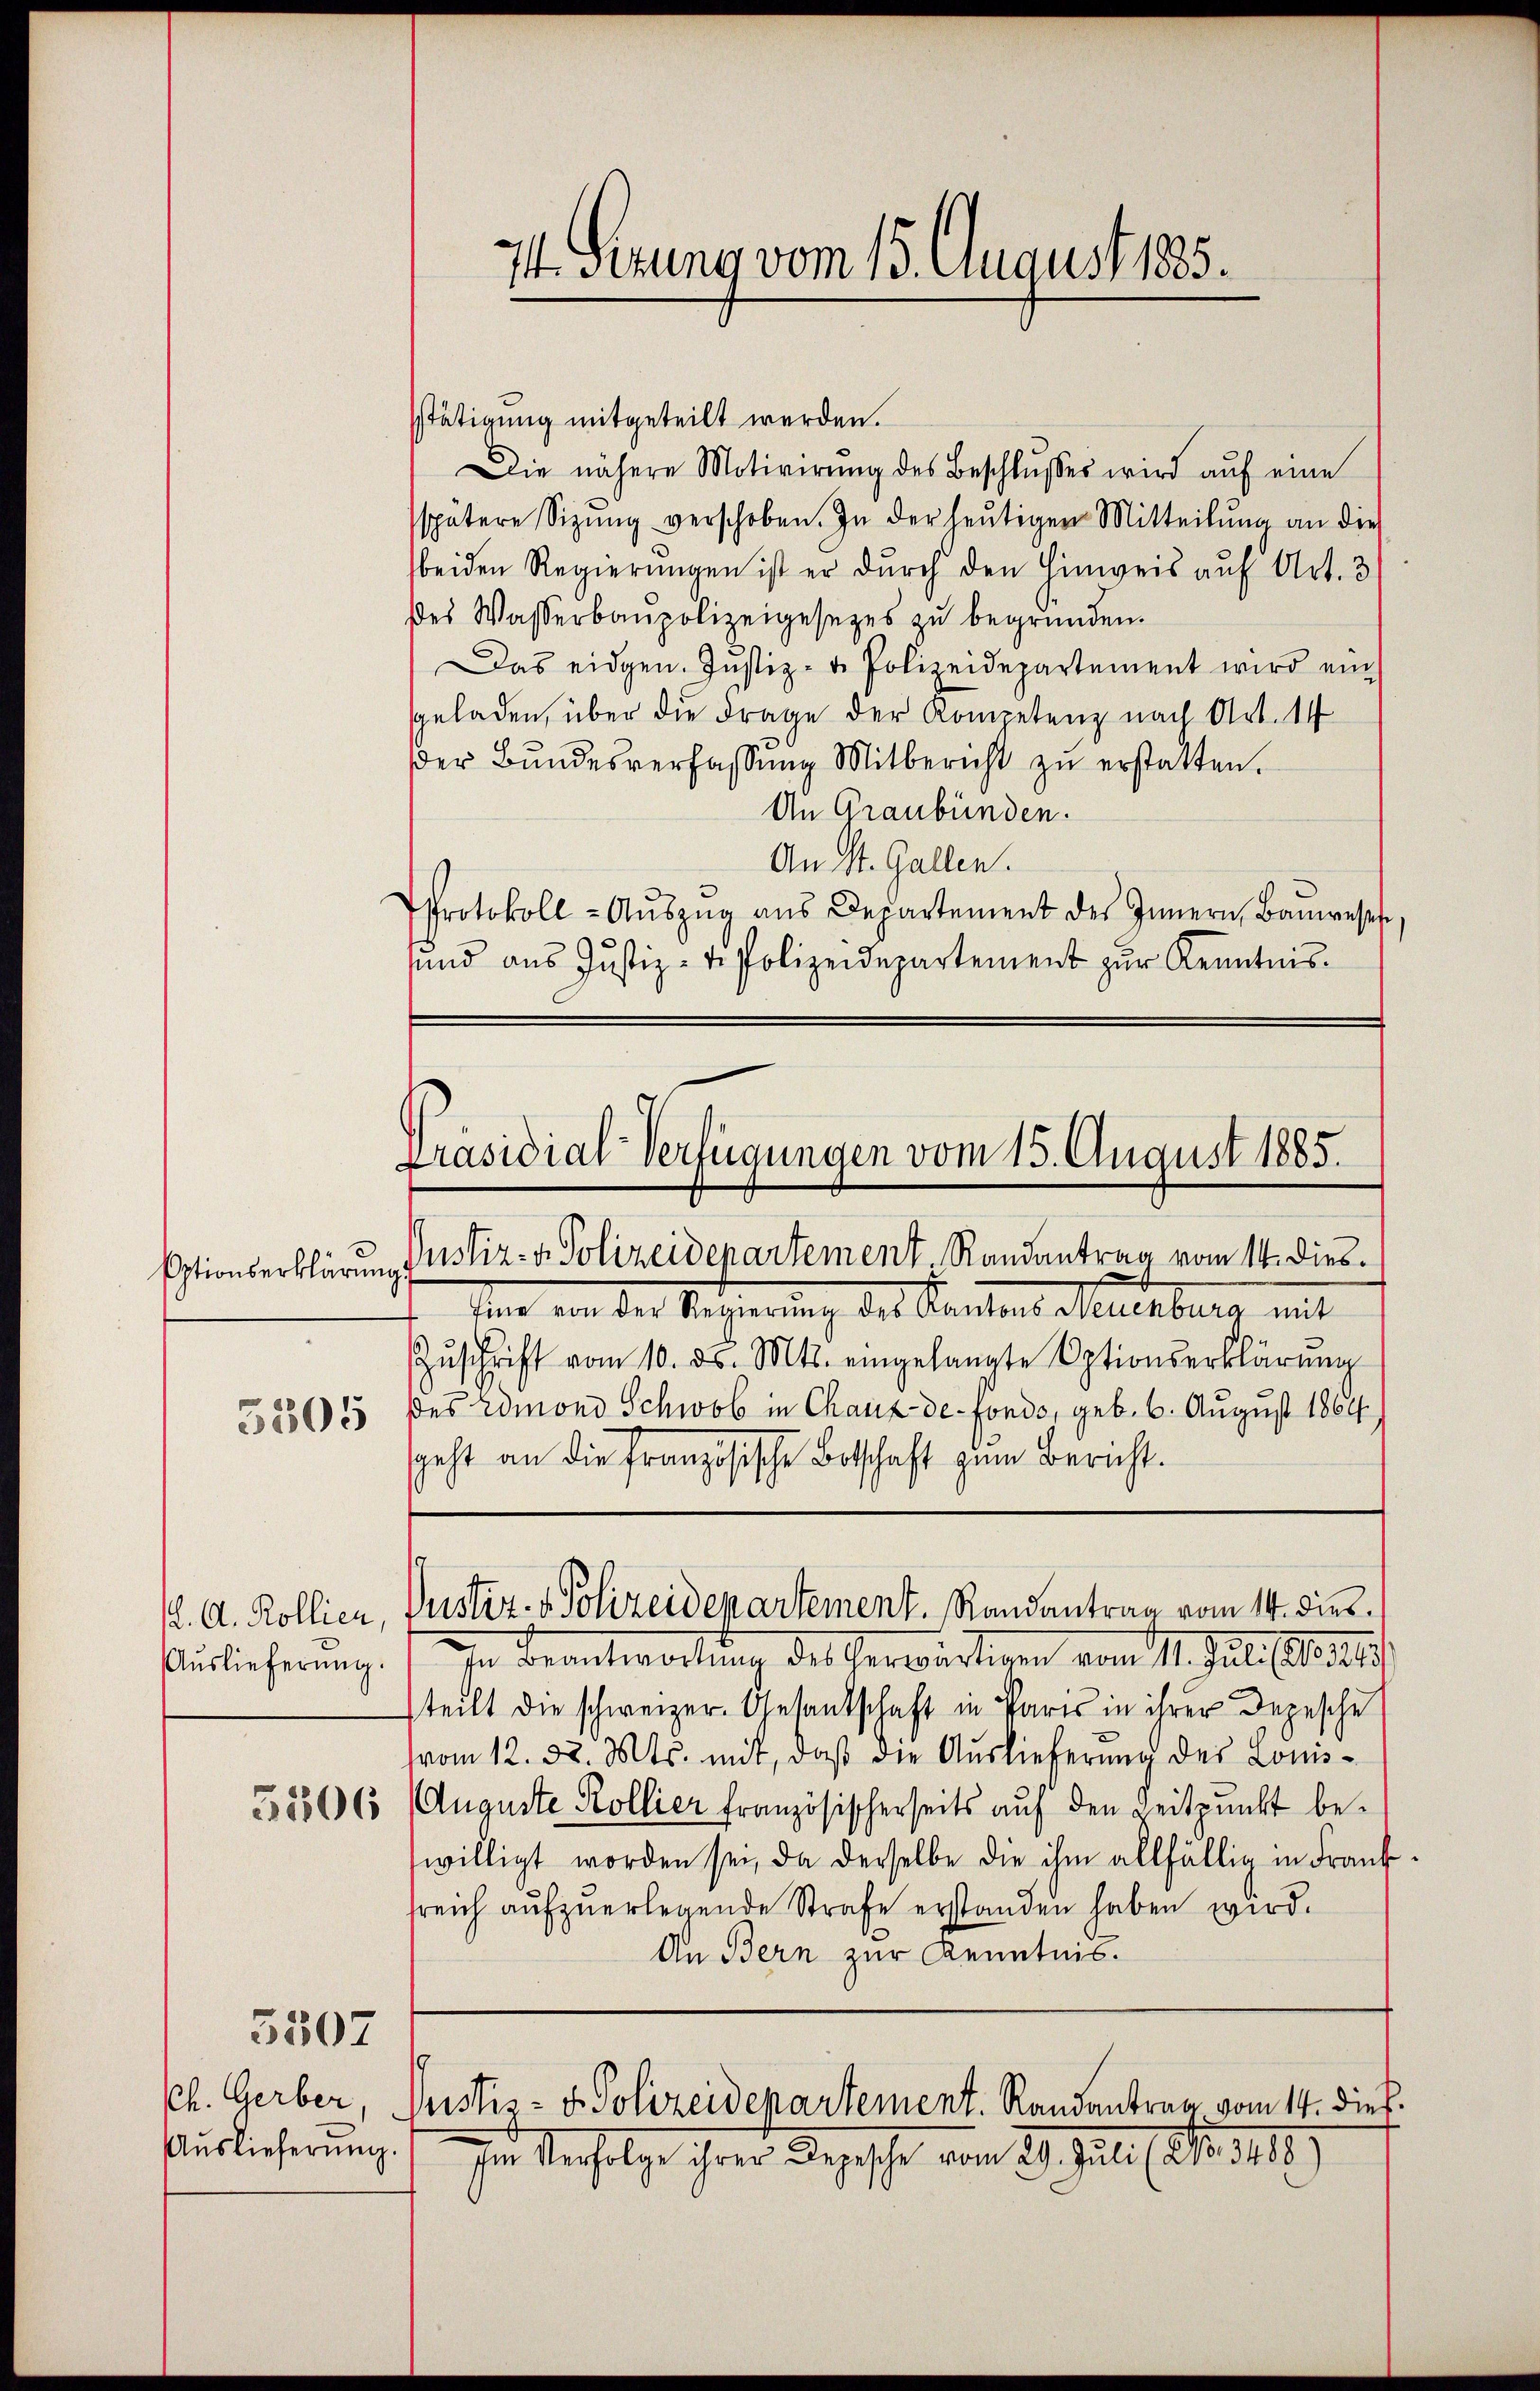
Eptionserklärung,
5505

12. A. Kollien,
Auslieferung.

5507

Ch. Gerber,
Auslieferung.

stätigung mitgeteilt werden.
Die nähere Motivirŭng des Beschlŭsses wird aŭf eine
spätere Sitzŭng verschoben. In der heŭtigen Mitteilŭng an die
beiden Regierungen ist er durch den Hinweis auf Art. 3
des Wasserbaupolizeigesetzes zŭ begründen.
Das eidgen. Jŭstiz- u. Polizeidepartement wird ein
geladen, über die Frage der Kompetenz nach Art. 14
der Bŭndesverfassŭng Mitbericht zŭ erstatten.
An Graubünden.
An St. Gallen.
Protokoll-Aŭszŭg ans Departement des Innern, Banwesen,
und aus Justiz- & Polizeidepartement zŭr Kenntnis.

74. Sizung vom 15. August 1885.

Präsidial-Verfügungen vom 15. August 1885.

Justiz- & Polizeidepartement. Randantrag vom 14. diesstnn von der Regierung des Kantons neuenburg mit
Zŭschrift vom 10. ds. Mts. eingelangte Optionserklärŭng
des Admond Schwab in Chaux-de-Fonds, geb. 6. August 1864
Geht an die Französische Botschaft zum Bericht.
In Beantwortung des Herwirtigen vom 1. Juli l. 11.
teilt die schweizer. Gesandschaft in Paris in ihrer Depesche
vom 12. 58. Mts. mit, daβ die Auslieferung des Louis-
38566 Auguste Kollier französischerseits auf den Zeitpunkt bewilligt worden sei, da derselbe die ihm allfällig in Frank
sreich aŭfzŭerlegende Strafe erstanden haben wird.
An Bern zur Kenntnis.
9
Pustes- & Polizeidepartement. Randantrag vom 14. dieß.
In Verfolge ihrer Depesche vom 29. Juli No 1418)

Justiz- & Polizeidepartement. Randantrag vom 14. dies¬